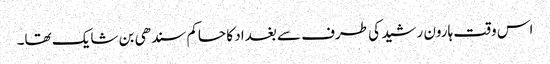
اس وقت ہارون رشید کی طرف سے بغداد کا حاکم سندھی بن شایک تھا۔